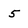
Character: 5